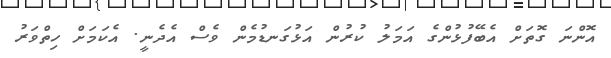
އޮންނަ ގޮތަށް އެެބޭފުޅުންގެ އަމަލު ކުރުން އަޅުގަނޑުމެން ވެސް އެދެނީ. އެކަމަށް ހިތްވަރު